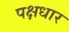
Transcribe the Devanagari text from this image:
पक्षधार